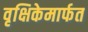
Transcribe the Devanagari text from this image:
वृक्षिकेमार्फत